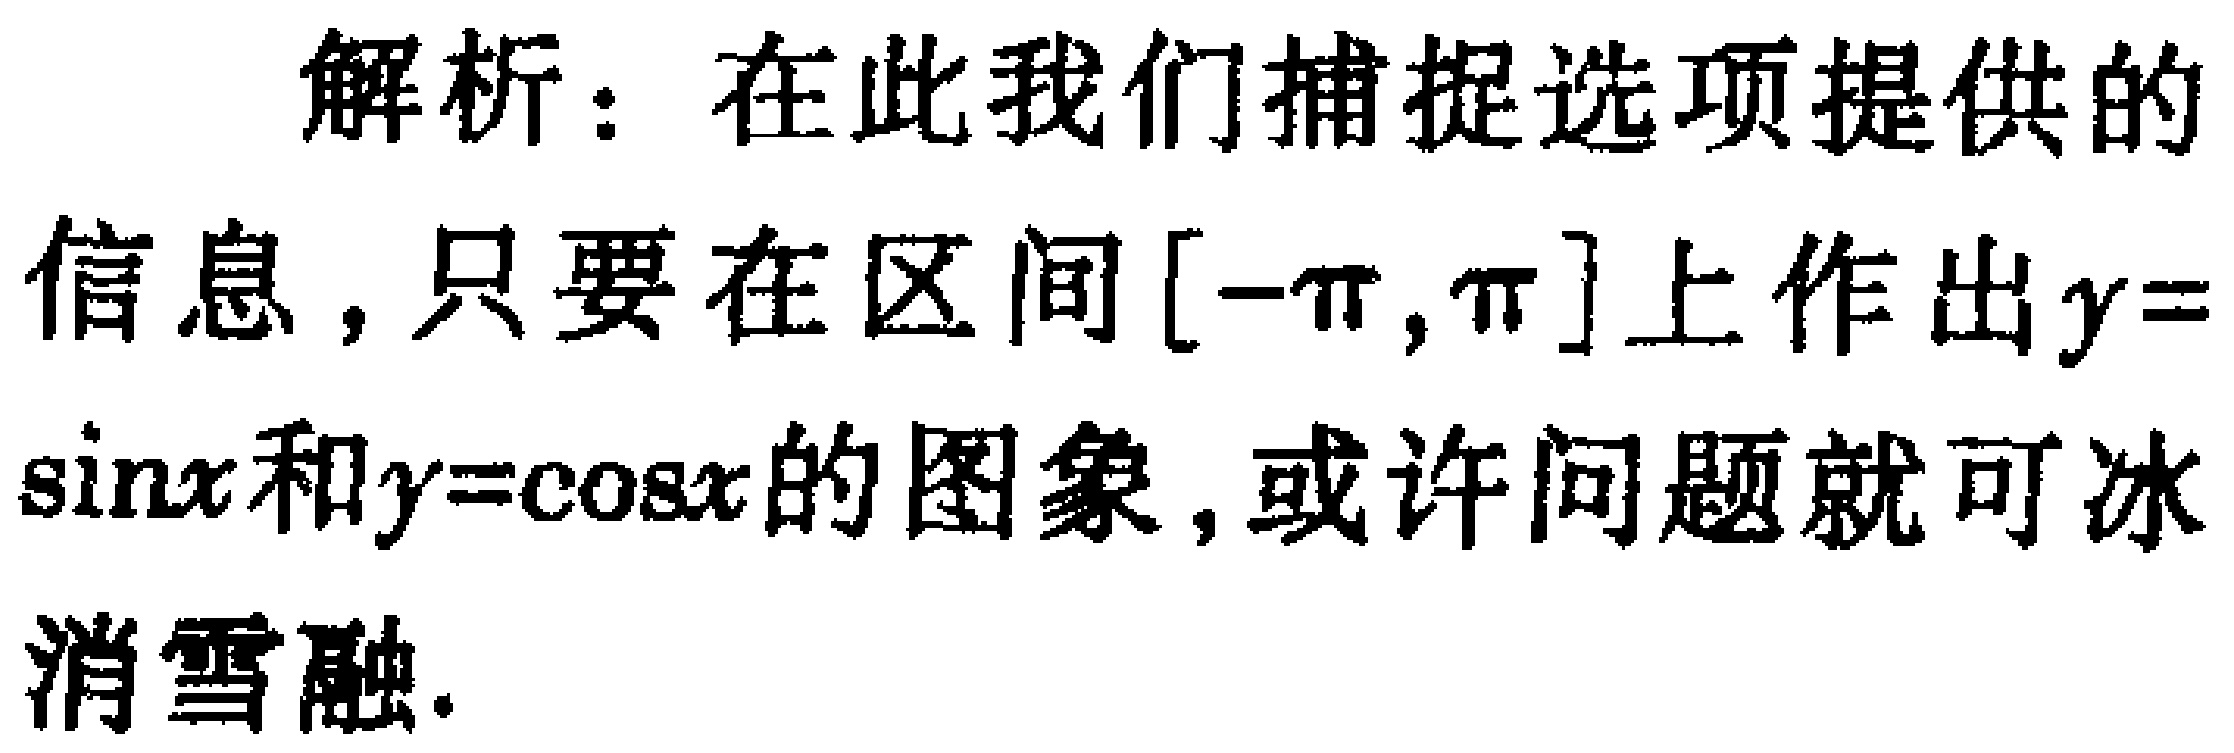
解析：在此我们捕捉选项提供的信息，只要在区间$[-\pi,\pi]$上作出$y = \sin x$和$y = \cos x$的图象，或许问题就可冰消雪融.